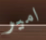
امير